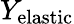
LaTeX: Y_{\mathrm{elastic}}